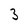
Character: 3